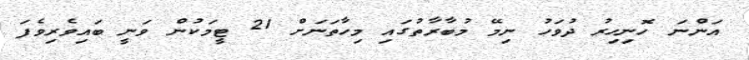
އަންނަ ހޮނިހިރު ދުވަހު ނިމޭ މުބާރާތުގައި މިހާތަނަށް 21 ޓީމަކުން ވަނީ ބައިވެރިވެފަ